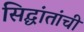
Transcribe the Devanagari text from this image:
सिद्घांतांची